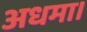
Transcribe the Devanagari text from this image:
अधमा।